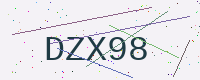
Text: DZX98